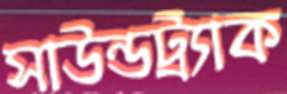
সাউন্ডট্র্যাক